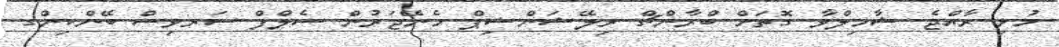
މުޅި ރާއްޖެ ޝާމިލްވާ ގޮތަށް ބްރާންޗް ރިލޭޝަންޝިޕް މެނޭޖަރުން ސެލްފް ސަރވިސް ބޭންކިންގ